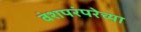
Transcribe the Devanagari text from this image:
वंशपरंपरेच्या